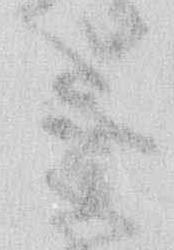
ミ